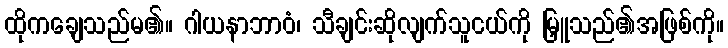
ထိုကချေသည်မ၏။ ဂါယနာဘာဝံ၊ သီချင်းဆိုလျက်သူငယ်ကို မြှူသည်၏အဖြစ်ကို။